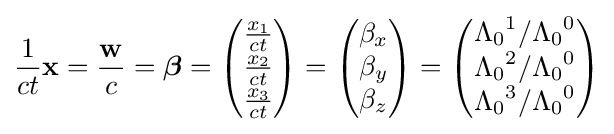
{\frac {1}{ct}}\mathbf {x} ={\frac {\mathbf {w} }{c}}={\boldsymbol {\beta }}={\begin{pmatrix}{\frac {x_{1}}{ct}}\\{\frac {x_{2}}{ct}}\\{\frac {x_{3}}{ct}}\end{pmatrix}}={\begin{pmatrix}\beta _{x}\\\beta _{y}\\\beta _{z}\end{pmatrix}}={\begin{pmatrix}{\Lambda _{0}}^{1}/{\Lambda _{0}}^{0}\\{\Lambda _{0}}^{2}/{\Lambda _{0}}^{0}\\{\Lambda _{0}}^{3}/{\Lambda _{0}}^{0}\end{pmatrix}}